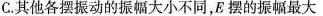
C.其他各摆振动的振幅大小不同，E摆的振幅最大